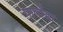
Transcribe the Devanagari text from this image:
पातोंडा